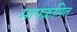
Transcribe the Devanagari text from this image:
मापक्रमित